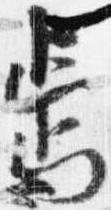
焉